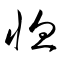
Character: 恤